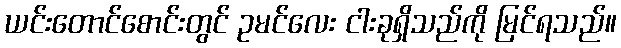
ယင်းတောင်စောင်းတွင် ဥမင်လေး ငါးခုရှိသည်ကို မြင်ရသည်။